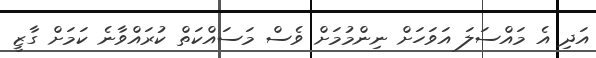
އަދި އެ މައްސަލަ އަވަހަށް ނިންމުމަށް ވެސް މަސައްކަތް ކުރައްވާނެ ކަމަށް ގާޒީ